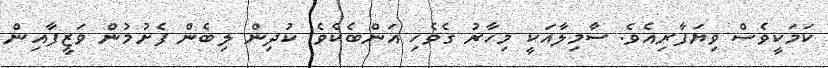
ކަމަކީވެސް ވިޔަފާރިއެވެ. ސާމިލާއަކީ މިހާރު ގެވެހި އަންބެކެވެ. ކުދިން ލިބެން ފެށުމުން ވަޒީފާއިން